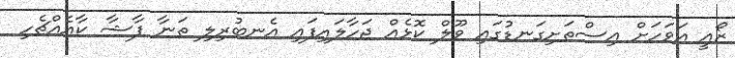
ޒޯއީ އަވަހަށް އިސްތަށިގަނޑުގައި ވޫލް ކޮޅެއް ޖަހާލައިފައި އެނބުރިލި ތަނާ ފާޝާ ކާއެއްޗެހި